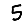
Digit: 5